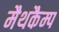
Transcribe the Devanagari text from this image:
मैथकैम्प